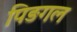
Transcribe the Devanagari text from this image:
पिङगल